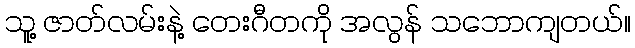
သူ့ ဇာတ်လမ်းနဲ့ တေးဂီတကို အလွန် သဘောကျတယ်။